Civil Veterinary Dept. Bombay admin report 1900-1906 - 1900-1906
Year: 1900
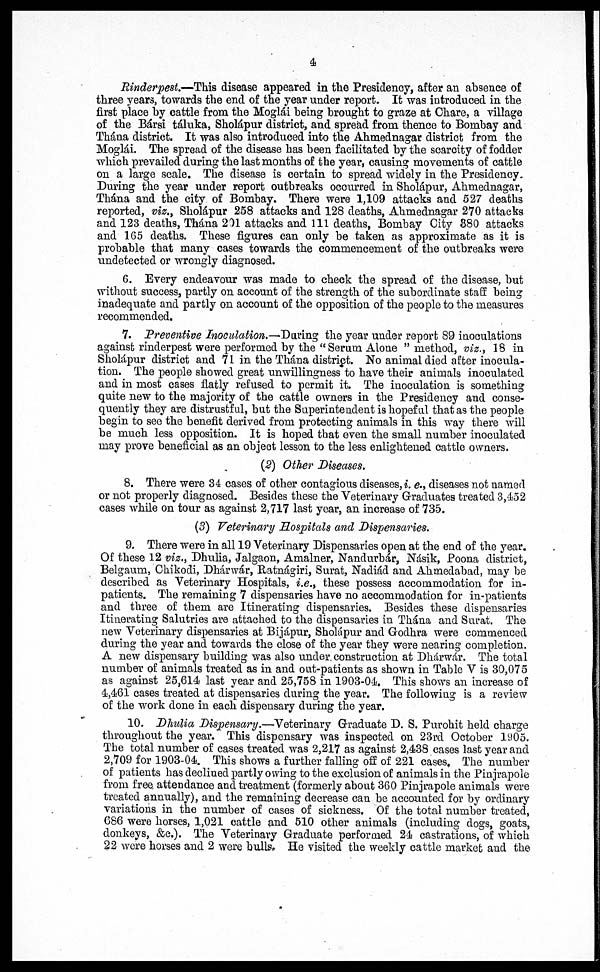
4
Rinderpest.—This disease appeared in the Presidency, after an absence of
three years, towards the end of the year under report. It was introduced in the
first place by cattle from the Moglái being brought to graze at Chare, a village
of the Bársi táluka, Sholápur district, and spread from thence to Bombay and
Thána district. It was also introduced into the Ahmednagar district from the
Moglái. The spread of the disease has been facilitated by the scarcity of fodder
which prevailed during the last months of the year, causing movements of cattle
on a large scale. The disease is certain to spread widely in the Presidency.
During the year under report outbreaks occurred in Sholápur, Ahmednagar,
Thána and the city of Bombay. There were 1,109 attacks and 527 deaths
reported, viz., Sholápur 258 attacks and 128 deaths, Ahmednagar 270 attacks
and 123 deaths, Thána 201 attacks and 111 deaths, Bombay City 880 attacks
and 165 deaths. These figures can only be taken as approximate as it is
probable that many cases towards the commencement of the outbreaks were
undetected or wrongly diagnosed.
6. Every endeavour was made to check the spread of the disease, but
without success, partly on account of the strength of the subordinate staff being
inadequate and partly on account of the opposition of the people to the measures
recommended.
7. Preventive Inoculation.—During the year under report 89 inoculations
against rinderpest were performed by the "Serum Alone "method, viz., 18 in
Sholápur district and 71 in the Thána district. No animal died after inocula-
tion. The people showed great unwillingness to have their animals inoculated
and in most cases flatly refused to permit it. The inoculation is something
quite new to the majority of the cattle owners in the Presidency and conse-
quently they are distrustful, but the Superintendent is hopeful that as the people
begin to see the benefit derived from protecting animals in this way there will
be much less opposition. It is hoped that even the small number inoculated
may prove beneficial as an object lesson to the less enlightened cattle owners.
(5) Other Diseases.
8. There were 34 cases of other contagious diseases, i. e., diseases not named
or not properly diagnosed. Besides these the Veterinary Graduates treated 3,452
cases while on tour as against 2,717 last year, an increase of 735.
(3) Veterinary Hospitals and Dispensaries.
9. There were in all 19 Veterinary Dispensaries open at the end of the year.
Of these 12 viz., Dhulia, Jalgaon, Amalner, Nandurbár, Násik, Poona district,
Belgaum, Chikodi, Dhárwár, Ratnágiri, Surat, Nadiád and Ahmedabad, may be
described as Veterinary Hospitals, i.e., these possess accommodation for in-
patients. The remaining 7 dispensaries have no accommodation for in-patients
and three of them are Itinerating dispensaries. Besides these dispensaries
Itinerating Salutries are attached to the dispensaries in Thána and Surat. The
new Veterinary dispensaries at Bijápur, Sholápur and Godhra were commenced
during the year and towards the close of the year they were nearing completion.
A new dispensary building was also under construction at Dhárwár. The total
number of animals treated as in and out-patients as shown in Table V is 30,075
as against 25,614 last year and 25,758 in 1903-04. This shows an increase of
4,461 cases treated at dispensaries during the year. The following is a review
of the work done in each dispensary during the year.
10. Dhulia Dispensary.—Veterinary Graduate D. S. Purohit held charge
throughout the year. This dispensary was inspected on 23rd October 1905.
The total number of cases treated was 2,217 as against 2,438 cases last year and
2,709 for 1903-04. This shows a further falling off of 221 cases. The number
of patients has declined partly owing to the exclusion of animals in the Pinjrapole
from free attendance and treatment (formerly about 360 Pinjrapole animals were
treated annually), and the remaining decrease can be accounted for by ordinary
variations in the number of cases of sickness. Of the total number treated,
C86 were horses, 1,021 cattle and 510 other animals (including clogs, goats,
donkeys, &c.). The Veterinary Graduate performed 24 castrations, of which
22 were horses and 2 were bulls. He visited the weekly cattle market and the